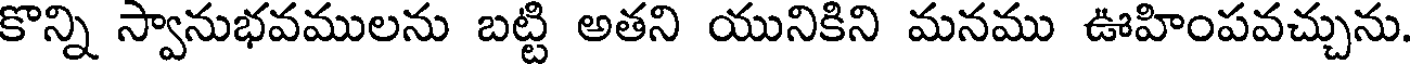
కొన్ని స్వానుభవములను బట్టి అతని యునికిని మనము ఊహింపవచ్చును.